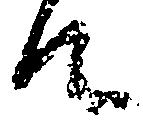
て